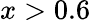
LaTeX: x>0.6